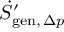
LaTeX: { \dot { S } } _ { \mathrm { g e n } , \, \Delta p } ^ { \prime }